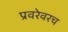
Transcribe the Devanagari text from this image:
प्रवरेवरच